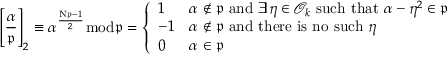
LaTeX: \left[ { \frac { \alpha } { \mathfrak { p } } } \right] _ { 2 } \equiv \alpha ^ { \frac { \mathrm { N } { \mathfrak { p } } - 1 } { 2 } } { \bmod { \mathfrak { p } } } = { \left\{ \begin{array} { l l } { 1 } & { \alpha \not \in { \mathfrak { p } } { \mathrm { ~ a n d ~ } } \exists \eta \in { \mathcal { O } } _ { k } { \mathrm { ~ s u c h ~ t h a t ~ } } \alpha - \eta ^ { 2 } \in { \mathfrak { p } } } \\ { - 1 } & { \alpha \not \in { \mathfrak { p } } { \mathrm { ~ a n d ~ t h e r e ~ i s ~ n o ~ s u c h ~ } } \eta } \\ { 0 } & { \alpha \in { \mathfrak { p } } } \end{array} \right. }